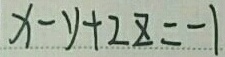
x - y + 2 z = - 1